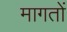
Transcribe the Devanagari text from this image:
मागतों